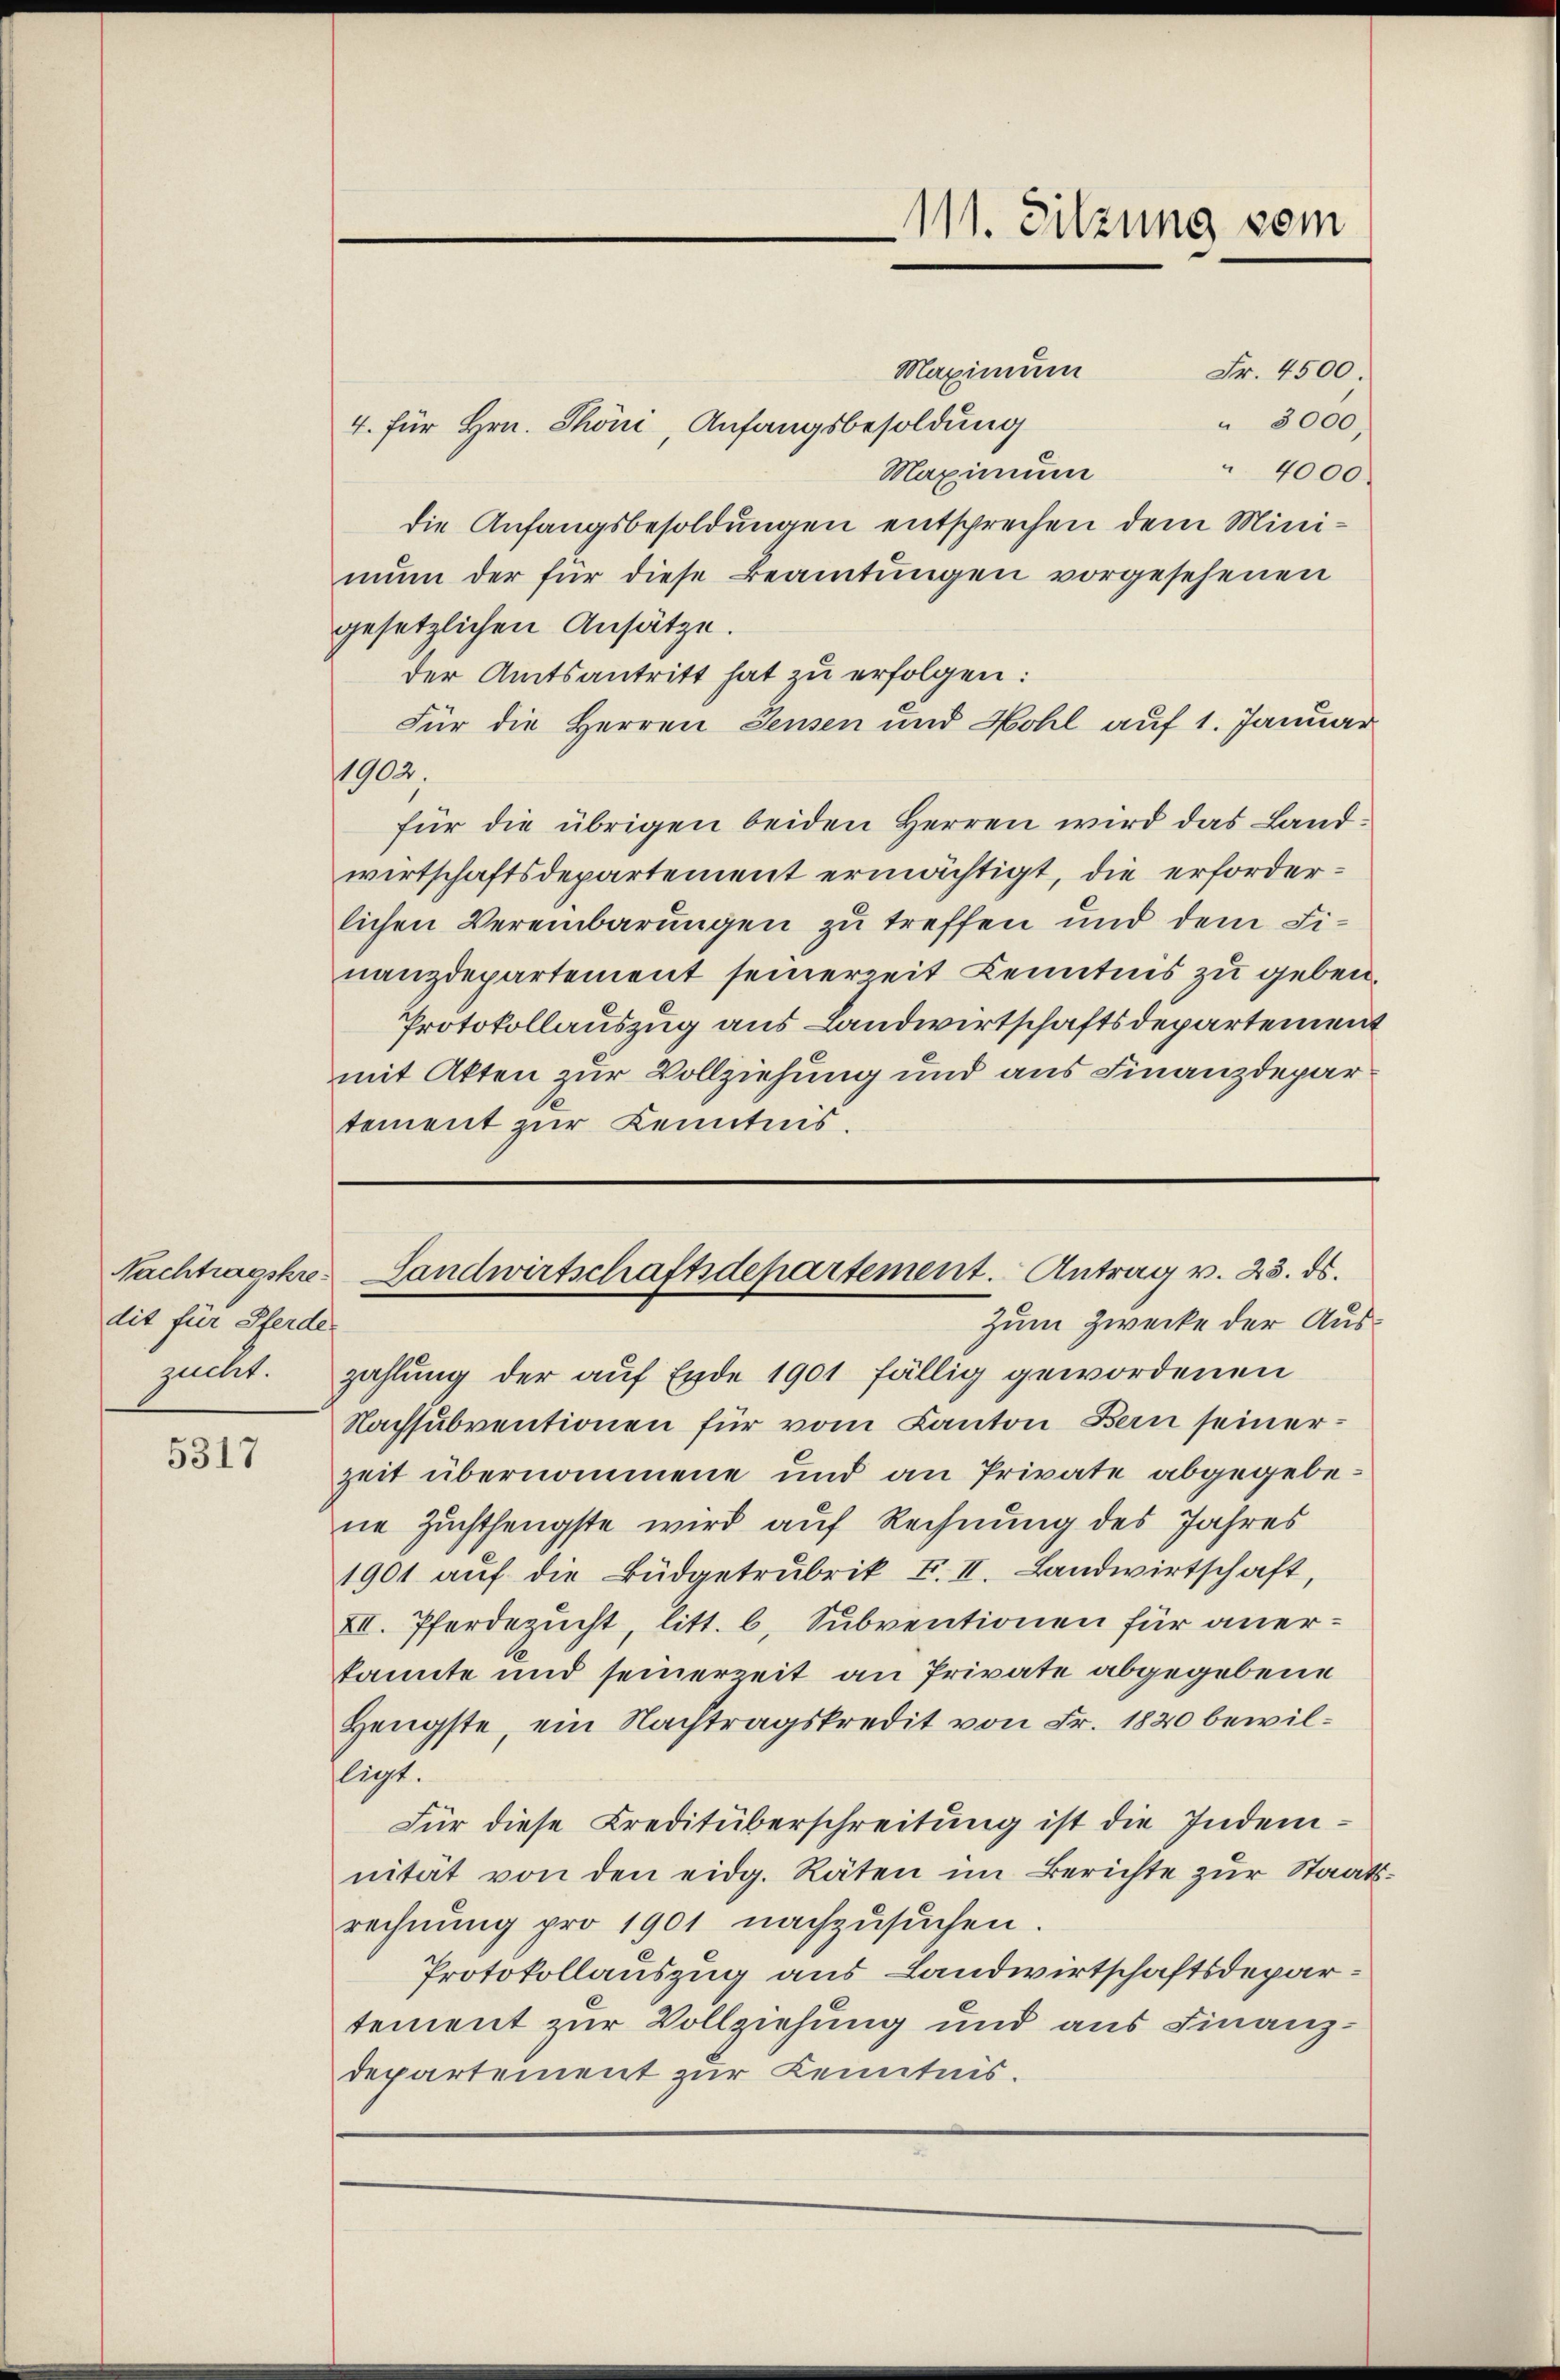
dit für Pferde
zuckt.

5317

Maximum
4. für Hrn. Phöni, Anfangsbesoldung
Maximum
die Anfangsbesoldungen entsprechen dem Minimun der für diese Beamtungen vorgesehenen
gesetzlichen Ansätze.
der Amtsantritt hat zu erfolgen:
Für die Herren Jensen und Hohl auf 1. Januar
1902.
für die übrigen beiden Herren wird das Landwirtschaftsdepartement ermächtigt, die erforderlichen Vereinbarungen zu treffen und dem Finanzdepartement seinerzeit Kenntnis zu geben.
Protokollauszug aus Landwirtschaftsdepartement
mit Akten zur Vollziehung und aus Finanzdepar
tement zur Kenntnis.

Zum Zwecke der Auszahlung der auf Ende 1901 fällig gewordenen
Nachsubventionen für vom Kanton Bern seinerzeit übernommene und an Private abgegebene Zuchthengste wird auf Rechnung des Jahres
1901 aŭf die Büdgetrubrik F. II. Landwirtschaft,
XII. Pferdezucht, litt. b. Subventionen für anerkannte und seinerzeit an Private abgegebene
Hengste, ein Nachtragskredit von Fr. 1820 bewilligt.
Für diese Kreditüberschreitung ist die Indemnität von den eidg. Räten im Berichte zur Staatsrechnung pro 1901 nachzusuchen
Protokollauszug aus Landwirtschaftsdepartement zur Vollziehung und aus Finanz¬
Departement zur Kenntnis.

111. Sitzung vom

Nachtragskre Landwirtschaftsdepartement. Antrag v. 23. ds.

Fr. 4500.
" 3000,
" 4000